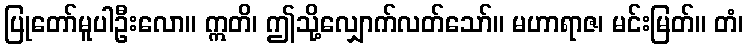
ပြုတော်မူပါဦးလော။ ဣတိ၊ ဤသို့လျှောက်လတ်သော်။ မဟာရာဇ၊ မင်းမြတ်။ တံ၊